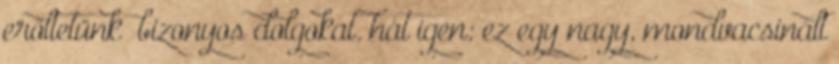
erőltetünk” bizonyos dolgokat. hát igen: ez egy nagy, mondvacsinált